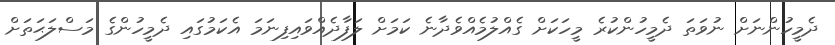
ދެމީހުންނަށް ނުވަތަ ދެމީހުންކުރެ މީހަކަށް ގެއްލުމެއްވެދާނެ ކަމަށް ލަފާދެއްވައިފިނަމަ އެކަމުގައި ދެމީހުންގެ މަސްލަޙަތަށް